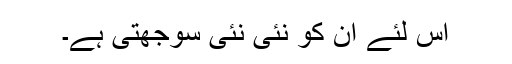
اس لئے ان کو نئی نئی سوجھتی ہے۔